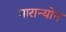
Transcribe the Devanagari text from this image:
मारान्योन